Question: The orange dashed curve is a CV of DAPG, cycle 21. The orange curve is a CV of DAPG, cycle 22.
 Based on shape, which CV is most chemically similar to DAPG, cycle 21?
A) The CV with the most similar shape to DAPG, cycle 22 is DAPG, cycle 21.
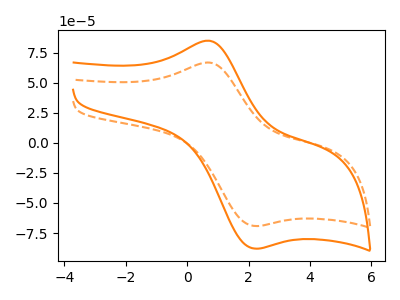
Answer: <think>The orange dashed curve "DAPG, cycle 21" has an anodic peak at (0.70V, 66.80uA) and a cathodic peak at (2.20V, -69.10uA). The orange curve "DAPG, cycle 22" has an anodic peak at (0.70V, 84.95uA) and a cathodic peak at (2.20V, -87.85uA).
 All the peaks in "DAPG, cycle 21" have a peak in "DAPG, cycle 22" at the same potential. Every peak in "DAPG, cycle 21" is lower than every peak in "DAPG, cycle 22".</think>
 <answer>A) The CV with the most similar shape to "DAPG, cycle 22" is "DAPG, cycle 21".</answer>
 <eval>A</eval>